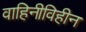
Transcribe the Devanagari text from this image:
वाहिनीविहीन